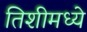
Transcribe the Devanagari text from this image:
तिशीमध्ये